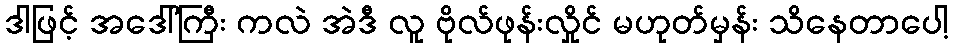
ဒါဖြင့် အဒေါ်ကြီး ကလဲ အဲဒီ လူ ဗိုလ်ဖုန်းလှိုင် မဟုတ်မှန်း သိနေတာပေါ့